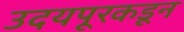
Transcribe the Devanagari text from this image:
उदयपूरकडून